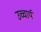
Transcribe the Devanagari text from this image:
उच्चार्य